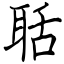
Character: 聒